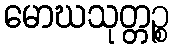
မောဃသုတ္တဉ္စ